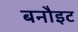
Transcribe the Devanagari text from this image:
बनौइट